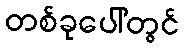
တစ်ခုပေါ်တွင်